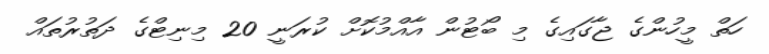
ހަތް މީހުންގެ ޖާގައިގެ މި ބޯޓުން އާއްމުކޮށް ކުރަނީ 20 މިނިޓްގެ ދަތުރުތައް